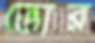
ভোর